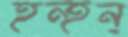
হন্‌হন্‌